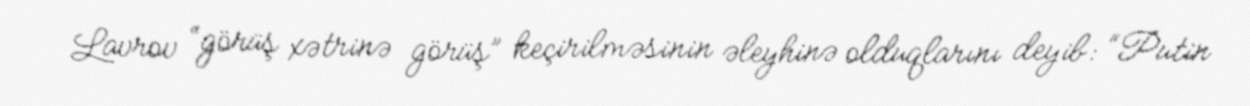
Lavrov “görüş xətrinə görüş” keçirilməsinin əleyhinə olduqlarını deyib: “Putin